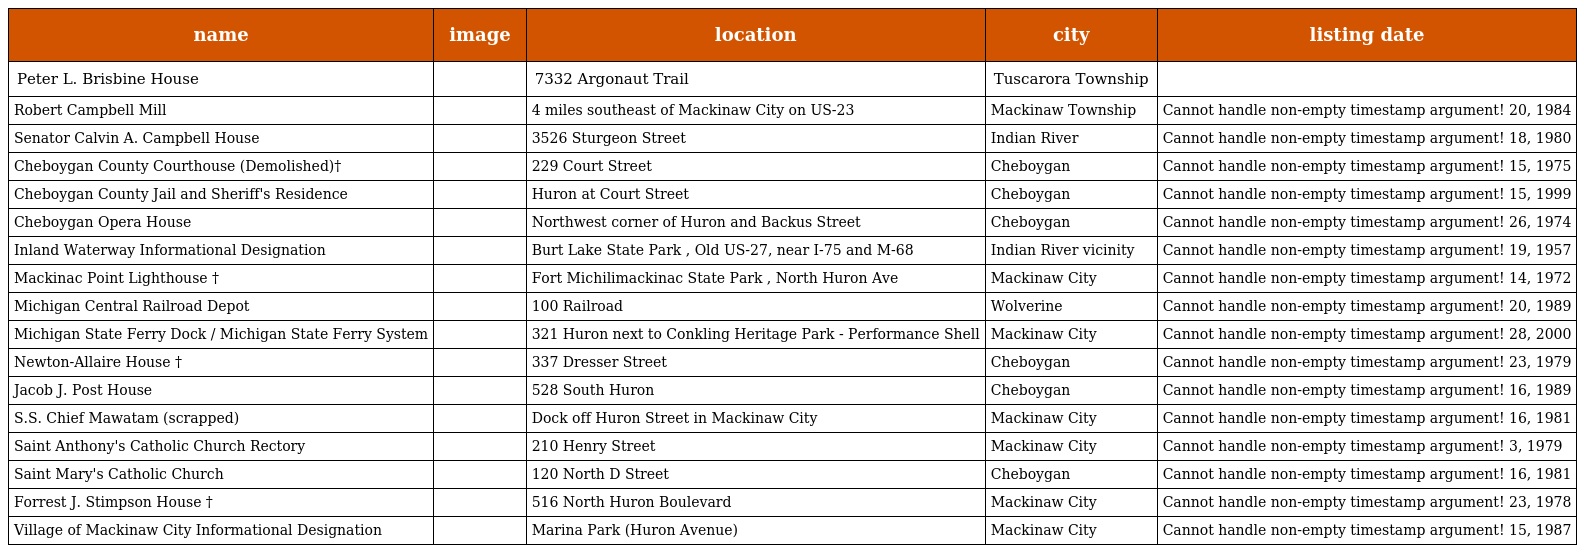
| name | image | location | city | listing date |
 | --- | --- | --- | --- | --- |
 | Peter L. Brisbine House |  | 7332 Argonaut Trail | Tuscarora Township |  |
 | Robert Campbell Mill |  | 4 miles southeast of Mackinaw City on US-23 | Mackinaw Township | Cannot handle non-empty timestamp argument! 20, 1984 |
 | Senator Calvin A. Campbell House |  | 3526 Sturgeon Street | Indian River | Cannot handle non-empty timestamp argument! 18, 1980 |
 | Cheboygan County Courthouse (Demolished)† |  | 229 Court Street | Cheboygan | Cannot handle non-empty timestamp argument! 15, 1975 |
 | Cheboygan County Jail and Sheriff's Residence |  | Huron at Court Street | Cheboygan | Cannot handle non-empty timestamp argument! 15, 1999 |
 | Cheboygan Opera House |  | Northwest corner of Huron and Backus Street | Cheboygan | Cannot handle non-empty timestamp argument! 26, 1974 |
 | Inland Waterway Informational Designation |  | Burt Lake State Park , Old US-27, near I-75 and M-68 | Indian River vicinity | Cannot handle non-empty timestamp argument! 19, 1957 |
 | Mackinac Point Lighthouse † |  | Fort Michilimackinac State Park , North Huron Ave | Mackinaw City | Cannot handle non-empty timestamp argument! 14, 1972 |
 | Michigan Central Railroad Depot |  | 100 Railroad | Wolverine | Cannot handle non-empty timestamp argument! 20, 1989 |
 | Michigan State Ferry Dock / Michigan State Ferry System |  | 321 Huron next to Conkling Heritage Park - Performance Shell | Mackinaw City | Cannot handle non-empty timestamp argument! 28, 2000 |
 | Newton-Allaire House † |  | 337 Dresser Street | Cheboygan | Cannot handle non-empty timestamp argument! 23, 1979 |
 | Jacob J. Post House |  | 528 South Huron | Cheboygan | Cannot handle non-empty timestamp argument! 16, 1989 |
 | S.S. Chief Mawatam (scrapped) |  | Dock off Huron Street in Mackinaw City | Mackinaw City | Cannot handle non-empty timestamp argument! 16, 1981 |
 | Saint Anthony's Catholic Church Rectory |  | 210 Henry Street | Mackinaw City | Cannot handle non-empty timestamp argument! 3, 1979 |
 | Saint Mary's Catholic Church |  | 120 North D Street | Cheboygan | Cannot handle non-empty timestamp argument! 16, 1981 |
 | Forrest J. Stimpson House † |  | 516 North Huron Boulevard | Mackinaw City | Cannot handle non-empty timestamp argument! 23, 1978 |
 | Village of Mackinaw City Informational Designation |  | Marina Park (Huron Avenue) | Mackinaw City | Cannot handle non-empty timestamp argument! 15, 1987 |